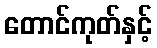
တောင်ကုတ်နှင့်